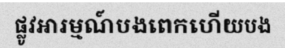
ផ្លូវអារម្មណ៍បងពេកហើយបង